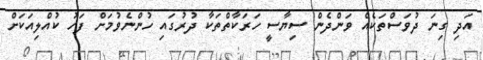
އަދި ގިނަ ދުވަސްތަކެއް ވަންދެން ސިޔާސީ ހަރަކާތްތަކާ ދުރުގައި ހުންނެވުމަށް ފަހު ކުއްލިއަކަށް